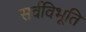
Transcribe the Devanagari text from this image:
सर्वविभूति